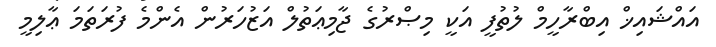
އައްޝައިޚް އިބްރާހީމް ލުތުފީ އަކީ މިޞްރުގެ ޖާމިޢަތުލް އަޒުހަރުން އެންމެ ފުރަތަމަ ޢާލިމީ